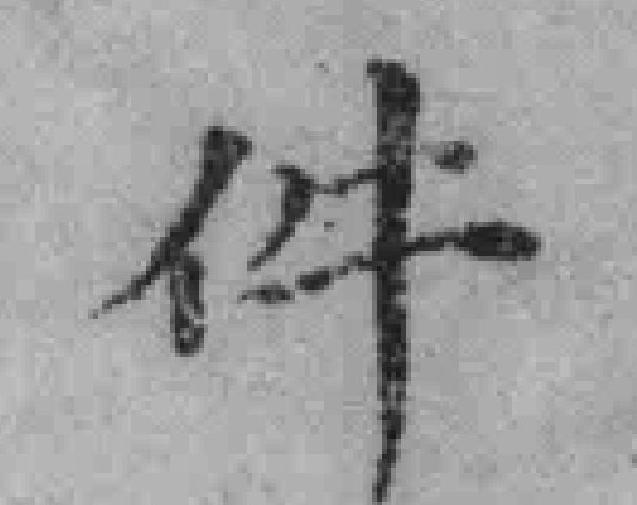
件